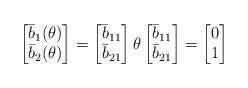
LaTeX: \begin{align*} \begin{bmatrix} \bar{b}_1(\theta) \\ \bar{b}_2(\theta) \end{bmatrix} = \begin{bmatrix} \bar{b}_{11} \\ \bar{b}_{21} \end{bmatrix} \theta \begin{bmatrix} \bar{b}_{11} \\ \bar{b}_{21} \end{bmatrix} = \begin{bmatrix} 0 \\ 1 \end{bmatrix}\end{align*}